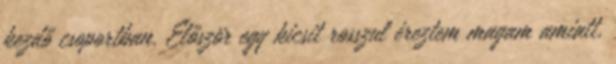
kezdő csoportban. Először egy kicsit rosszul éreztem magam amiatt,